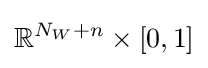
\mathbb {R} ^{N_{W}+n}\times [0,1]